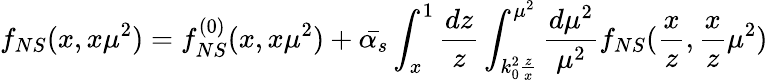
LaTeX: f_{NS}(x,x\mu^{2})=f_{NS}^{(0)}(x,x\mu^{2})+\bar{\alpha_{s}}\int_{x}^{1}\frac{dz}{z}\int_{k_{0}^{2}\frac{z}{x}}^{\mu^{2}}\frac{d\mu^{2}}{\mu^{2}}f_{NS}(\frac{x}{z},\frac{x}{z}\mu^{2})